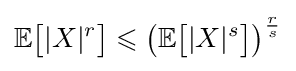
\mathbb {E} {\bigl [}|X|^{r}{\bigr ]}\leqslant \left(\mathbb {E} {\bigl [}|X|^{s}{\bigr ]}\right)^{\frac {r}{s}}